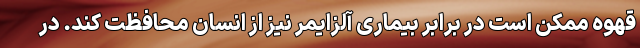
قهوه ممکن است در برابر بیماری آلزایمر نیز از انسان محافظت کند. در